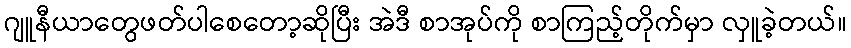
ဂျူနီယာတွေဖတ်ပါစေတော့ဆိုပြီး အဲဒီ စာအုပ်ကို စာကြည့်တိုက်မှာ လှူခဲ့တယ်။